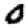
Digit: 0